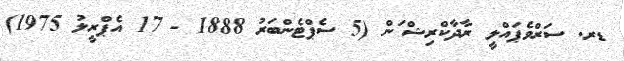
ޑރ. ސަރްވެޕައްލީ ރާދާކްރިޝްޱަން (5 ސެޕްޓެންބަރު 1888 - 17 އެޕްރީލު 1975)